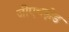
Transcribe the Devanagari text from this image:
जीएचझेड